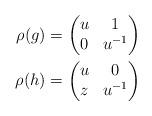
LaTeX: \begin{align*}\rho(g) &= \begin{pmatrix} u & 1 \\ 0 & u^{-1} \end{pmatrix} \\\rho(h) &= \begin{pmatrix} u & 0 \\ z & u^{-1} \end{pmatrix}\end{align*}